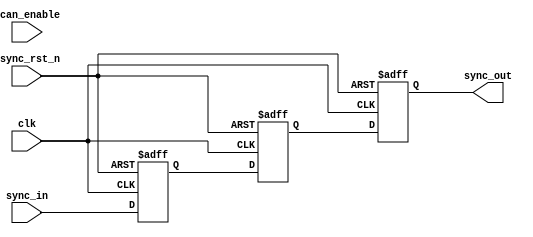
module cdc_synczr_rst_1bit
    (
        clk,
        sync_in,
        sync_out,
        scan_enable,
        async_rst_n
    );

    parameter TRACK = 9;

    input   clk, scan_enable;
    input   async_rst_n;
    input   sync_in;
    output  sync_out;

    reg     sync_in_ff;
    reg     sync_in_ff1;
    reg     sync_out;

    always @(posedge clk or negedge async_rst_n) begin
        if (!async_rst_n) begin
            sync_in_ff  <= 1'b0;
            sync_in_ff1 <= 1'b0;
            sync_out    <= 1'b0;
        end
        else begin
            sync_in_ff  <= sync_in;
            sync_in_ff1 <= sync_in_ff;
            sync_out    <= sync_in_ff1;
        end
    end
endmodule